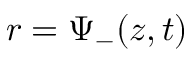
r = \Psi _ { - } ( z , t )